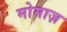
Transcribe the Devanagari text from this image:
मोमाज़